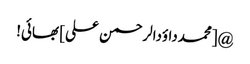
@[محمدداؤدالرحمن علی] بھائی!